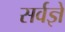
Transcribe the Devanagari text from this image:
सर्वज्ञें